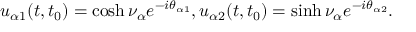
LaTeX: u _ { \alpha 1 } ( t , t _ { 0 } ) = \cosh \nu _ { \alpha } e ^ { - i \theta _ { \alpha 1 } } , u _ { \alpha 2 } ( t , t _ { 0 } ) = \sinh \nu _ { \alpha } e ^ { - i \theta _ { \alpha 2 } } .